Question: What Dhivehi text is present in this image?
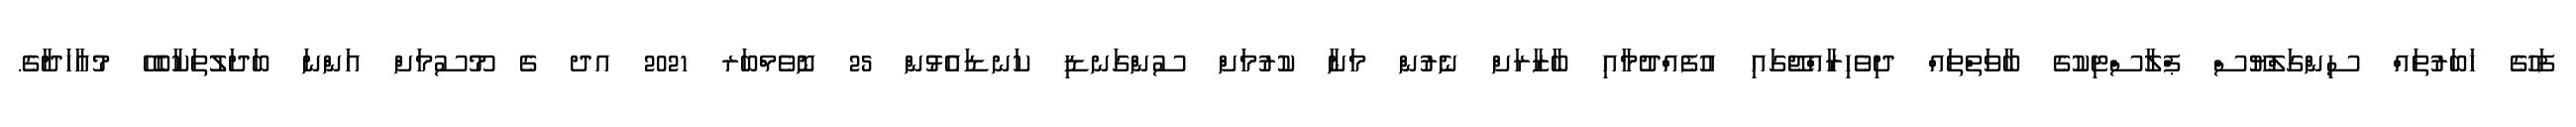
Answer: ފަހުގެ ޚަބަރުތައް ސިންގަލްޔޫސް ޕްލާސްޓިކުގެ ބާވަތްތައް ދިވެހިރާއްޖޭގައި އުފެއްދުމާއި ބާޒާރަށް ނެރުން މަނާ ކުރުމަށް ސުންގަނޑި ކަނޑައެޅުން 25 ނޮވެމްބަރ 2021 އދ ގެ މޫސުމަށް އަންނަ ބަދަލުތަކާބެހޭ މުއާހަދާގެ.